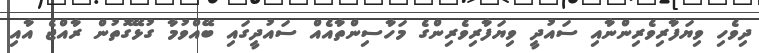
ދިވެހި ވިޔަފާރިވެރިންނާއި ސައުދީ ވިޔަފާރިވެރިންގެ މަހާސިންތާއެއް ސައުދީގައި ބޭއްވުމާ ގުޅޭގޮތުން ރާއްޖެ އާއި